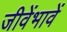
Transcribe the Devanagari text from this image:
जीवेंभावें